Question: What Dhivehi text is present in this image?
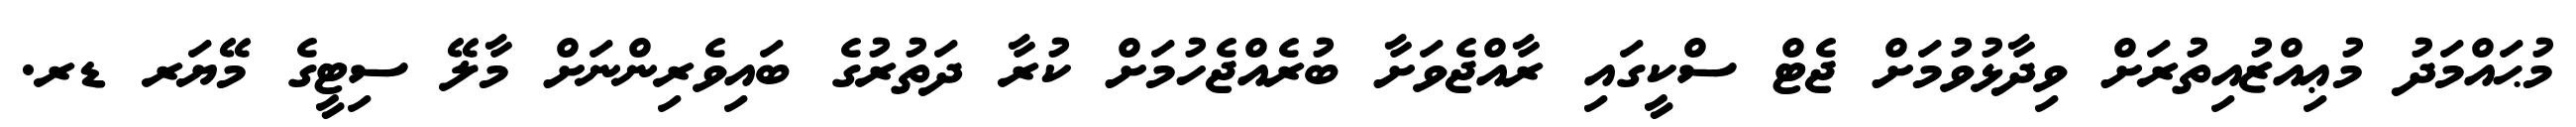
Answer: މުޙައްމަދު މުޢިއްޒުއިތުރަށް ވިދާޅުވުމަށް ޖެޓް ސްކީގައި ރާއްޖެވަށާ ބުރެއްޖެހުމަށް ކުރާ ދަތުރުގެ ބައިވެރިންނަށް މާލޭ ސިޓީގެ މޭޔަރ ޑރ.